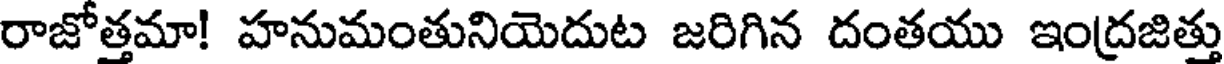
రాజోత్తమా! హనుమంతునియెదుట జరిగిన దంతయు ఇంద్రజిత్తు